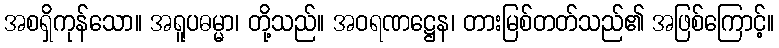
အစရှိကုန်သော။ အရူပဓမ္မာ၊ တို့သည်။ အဝရဏဋ္ဌေန၊ တားမြစ်တတ်သည်၏ အဖြစ်ကြောင့်။